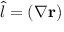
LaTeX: { \hat { l } } = ( { \boldsymbol { \nabla } } \mathbf { r } )